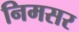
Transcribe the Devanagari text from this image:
निमसर